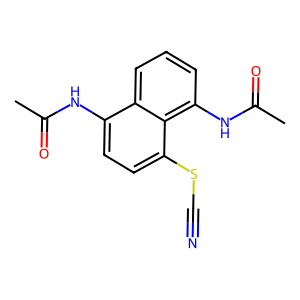
SMILES: CC(=O)Nc1ccc(SC#N)c2c(NC(C)=O)cccc12
Inhibits HIV replication: No